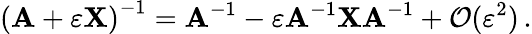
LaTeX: \left(\mathbf{A}+\varepsilon\mathbf{X}\right)^{-1}=\mathbf{A}^{-1}-\varepsilon\mathbf{A}^{-1}\mathbf{X}\mathbf{A}^{-1}+{\mathcal{O}}(\varepsilon^{2})\, .